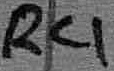
Text: R4